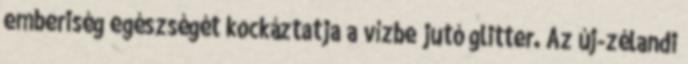
emberiség egészségét kockáztatja a vízbe jutó glitter. Az új-zélandi